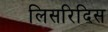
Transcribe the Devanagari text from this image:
लिसरिदिस